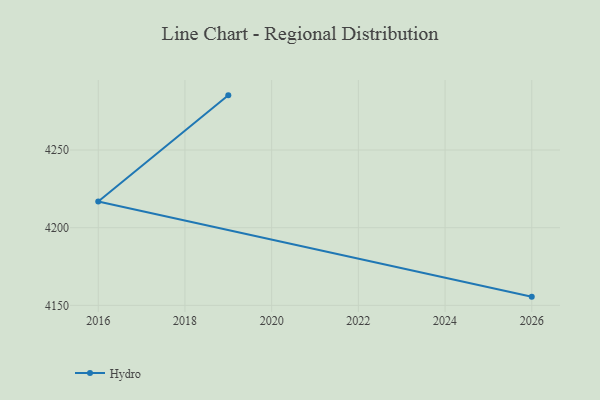
{"axis": {"x": "Year", "y": "LTV (USD)"}, "legend": ["Hydro"], "data": [{"x": "2026", "y": 4155.6, "type": "Hydro"}, {"x": "2016", "y": 4216.8, "type": "Hydro"}, {"x": "2019", "y": 4285.2, "type": "Hydro"}]}